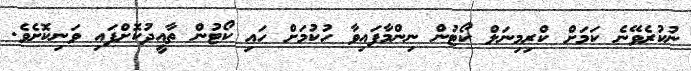
ނުކުރެވޭނެ ކަމަށް ކްރިމިނަލް ކޯޓުން ނިންމާފައިވާ ހުކުމަށް ހައި ކޯޓުން ތާއީދުކޮށްފައި ވަނިކޮށެވެ.